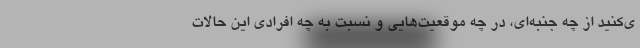
ی‌کنید از چه جنبه‌ای، در چه موقعیت‌هایی و نسبت به چه افرادی این حالات